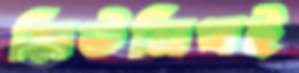
মিউনিখই